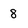
Character: 8